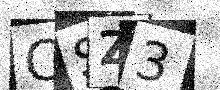
Text: CSZ3